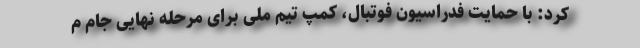
کرد: با حمایت فدراسیون فوتبال، کمپ تیم ملی برای مرحله نهایی جام م